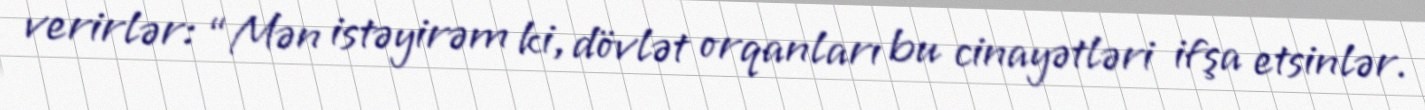
verirlər: “Mən istəyirəm ki, dövlət orqanları bu cinayətləri ifşa etsinlər.